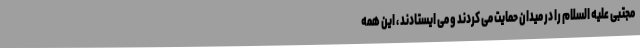
مجتبی علیه السلام را در میدان حمایت می کردند و می ایستادند ، این همه